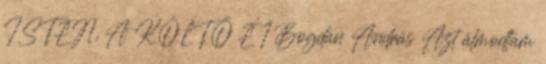
ISTEN, A KÖLTŐ É 1 Bogdán András Azt álmodtam